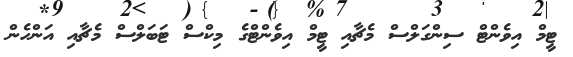
ޓީމް އިވެންޓް ސިންގަލްސް މެޗާއި ޓީމް އިވެންޓްގެ މިކްސް ޓަބަލްސް މެޗާއި އަންހެން